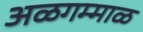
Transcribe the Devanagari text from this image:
अळगम्माळ